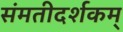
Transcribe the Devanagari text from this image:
संमतीदर्शकम्